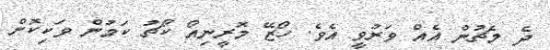
ދެ މެޗުން އެއް ވަރުވީ އެވެ. ހޯޒޭ މޮރީނިއޯ ކޯޗު ކަމުން ވަކިކޮށް